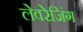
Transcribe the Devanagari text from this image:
लेवरेजिंग